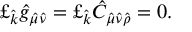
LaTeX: \pounds _ { \hat { k } } \hat { g } _ { \hat { \mu } \hat { \nu } } = \pounds _ { \hat { k } } \hat { C } _ { \hat { \mu } \hat { \nu } \hat { \rho } } = 0 .